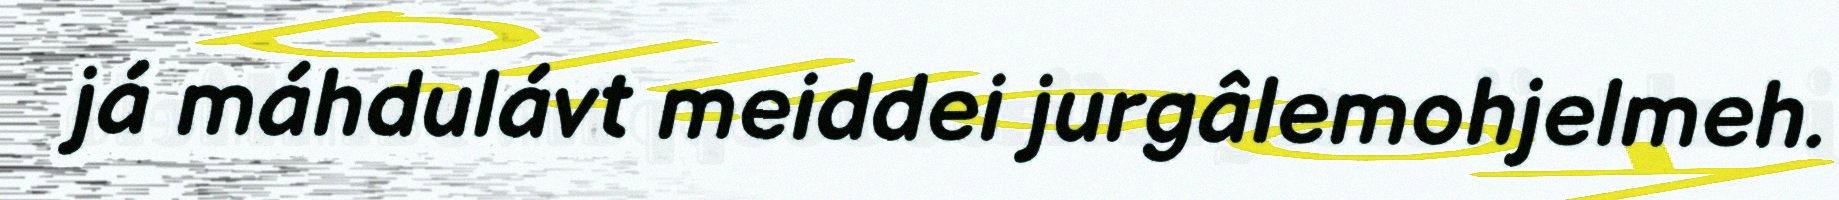
já máhdulávt meiddei jurgâlemohjelmeh.